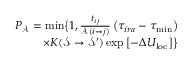
\begin{array} { r } { P _ { \mathcal { A } } = \operatorname* { m i n } \bigr \{ 1 , \frac { t _ { i j } } { \mathcal { A } ( i \rightarrow j ) } \left( \tau _ { i r a } - \tau _ { \mathrm { m i n } } \right) } \\ { \times K ( \mathcal { S } \rightarrow \mathcal { S } ^ { \prime } ) \exp \left[ - \Delta U _ { \mathrm { l o c } } \right] \bigr \} } \end{array}